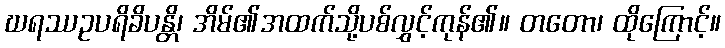
ဃရဿဥပရိခိပန္တိ၊ အိမ်၏အထက်သို့ပစ်လွှင့်ကုန်၏။ တတော၊ ထိုကြောင့်။